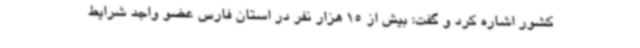
کشور اشاره کرد و گفت: بیش از 15 هزار نفر در استان فارس عضو واجد شرایط